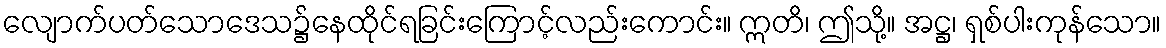
လျောက်ပတ်သောဒေသ၌နေထိုင်ရခြင်းကြောင့်လည်းကောင်း။ ဣတိ၊ ဤသို့။ အဋ္ဌ၊ ရှစ်ပါးကုန်သော။